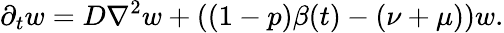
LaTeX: \partial_{t}w=D\nabla^{2}w+\left((1-p)\beta(t)-(\nu+\mu)\right)w.